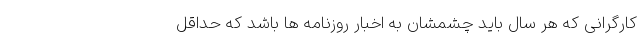
کارگرانی که هر سال باید چشمشان به اخبار روزنامه ها باشد که حداقل